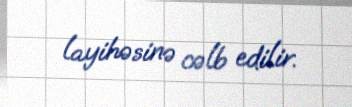
layihəsinə cəlb edilir.